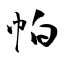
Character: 帕